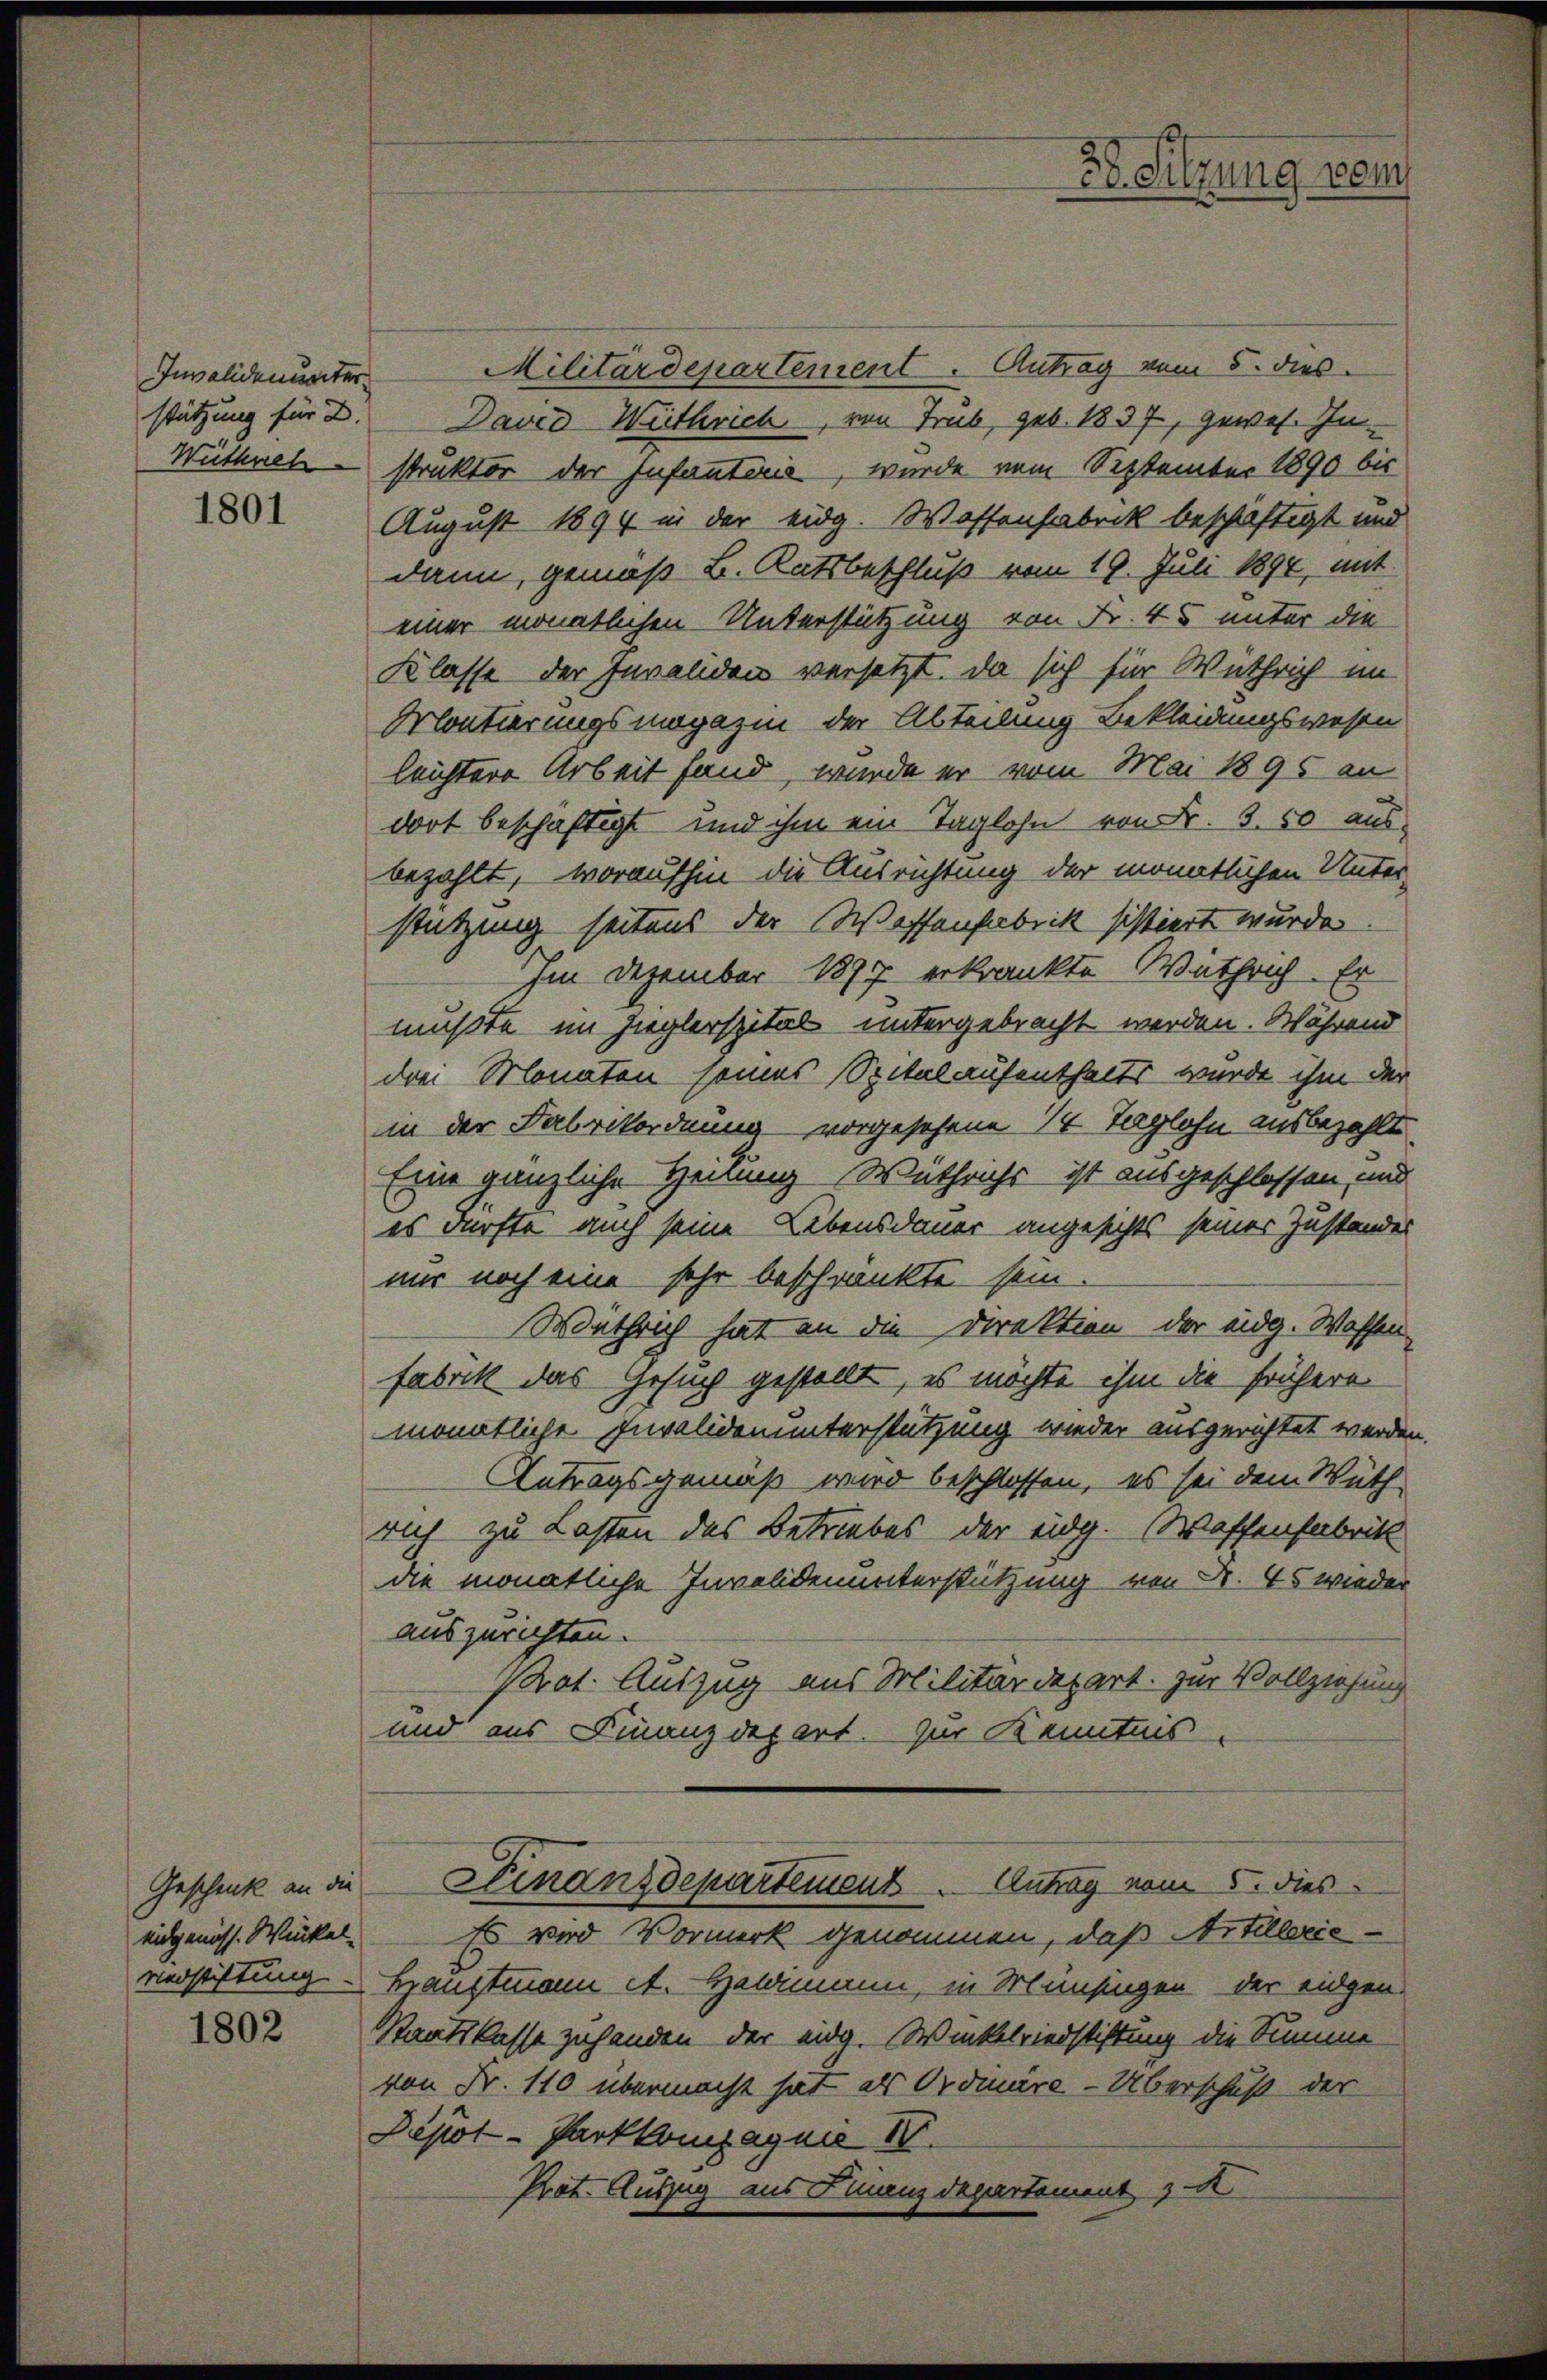
Invalidenunter

1801

eidgenöss. Winkel-
verstiftung.

1802

Militärdepartement. Antrag vom 5. dies
stützung für D. David Wüthrich, von Trüb, geb. 1837, gewes. In¬
Wüthreh – struktor der Infanteris, wurde vom September 1890 bis
August 1894 in der eidg. Wassenfabrik beschäftigt und
dann, gemäß B. Ratsbeschluß vom 19. Juli 1894, mit
einer monatlichen Unterstützung von Fr. 45 unter die
Klasse der Invaliden versetzt, da sich für Wuthrich im
Montierungsmagazin der Abteilung Bekleidungswesen
leichtere Arbeit fand, wurde er vom Mai 1895 an
dort beschäftigt und ihm ein Taglohn von Fr. 3. 50 ausbezahlt, woraufhin die Ausrichtung der monatlichen Unter-
stützung seitens der Waffenfabrik sistiert wurde.
Im Dezember 1877 erkränkte Wuthrich. Er
mußte im Zieglerspital untergebracht werden. Während
drei Monaten seines Spitalaufenthalts wurde ihm der
in der Fabrikordnung vorgesehene 1 Taglohn ausbezahlt
Eine gänzliche Heilung Wuthrichs ist ausgeschlossen, und
es dürfte auch seine Lebensdauer angesichts seiner Zustandes
nur noch eine sehr beschränkte sein.
Wathrich hat an die Direktion der eidg. Waffen-
fabrik das Gesuch gestellt, es möchte ihm die frühere
monatliche Invalidenunterstützung wieder ausgerichtet werden
Antragsgemäß wird beschlossen, es sei dem Wuth-
rich zu Lasten des Betriebes der eidg. Waffenfabrik
die monatliche Invalidenunterstützung von Fr. 45 wieder
auszurichten.
Prot. Auszug aus Militärdepart. Zur Vollziehung
und aus Finanzdepart. Zur Kenntnis-
Geschenk an die Finanzdepartement. Antrag vom 5. dies
Es wird Vormerk genommen, daß Artillerie-
Hauptmann et. Halamann, in Münsingen, der eidgen
Staatskasse zuhanden der eidg. Winkelriedstiftung die Summe
von Fr. 110 übermacht hat als Ordinire-Überschuß der
Depot-Parkkompagnie IV.
Prot. Auszug aus Finanzdepartement & A

3. Sitzung vom